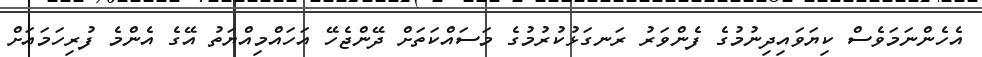
އެހެންނަމަވެސް ކިޔަވައިދިނުމުގެ ފެންވަރު ރަނގަޅުކުރުމުގެ މަސައްކަތަށް ދޭންޖެހޭ އަހައްމިއްޔަތު އޭގެ އެންމެ ފުރިހަމައަށް